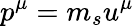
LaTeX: p^{\mu}=m_{s}u^{\mu}